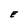
Character: E